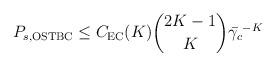
LaTeX: \begin{align*} P_{s, \rm{OSTBC}} \leq C_{\rm EC}(K) \binom{2 K - 1}{K} \bar{\gamma_c}^{-K} \end{align*}